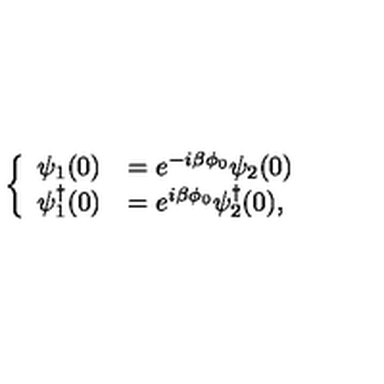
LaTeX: \left\{ \begin{array} { l l } { \psi _ { 1 } ( 0 ) } & { = e ^ { - i \beta \phi _ { 0 } } \psi _ { 2 } ( 0 ) } \\ { \psi _ { 1 } ^ { \dagger } ( 0 ) } & { = e ^ { i \beta \phi _ { 0 } } \psi _ { 2 } ^ { \dagger } ( 0 ) , } \\ \end{array} \right.